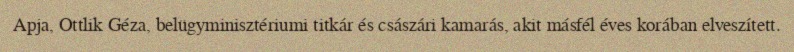
Apja, Ottlik Géza, belügyminisztériumi titkár és császári kamarás, akit másfél éves korában elveszített.